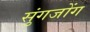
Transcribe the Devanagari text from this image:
सुंगजोंग